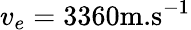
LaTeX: v_{e}=3360\textup{m.s}^{-1}